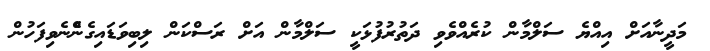
މަދީނާއަށް އިއްޔެ ސަލްމާން ކުރެއްވެވި ދަތުރުފުޅަކީ ސަލްމާން އަށް ރަސްކަން ލިބިވަޑައިގެންެނެވިފަހުން